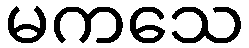
မကသေ